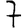
Digit: 7